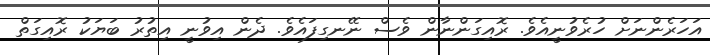
އަހަރެންނަށް ހުރެވުނީއެވެ. ރޮއިގަންނާން ވެސް ނޭނގިފައެވެ. ދެން އިވުނީ އިތުރު ބަޔަކު ރޮއިގަތް